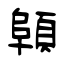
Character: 顊